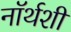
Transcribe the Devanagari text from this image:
नॉर्थशी